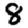
Digit: 8